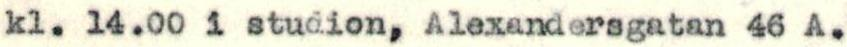
kl. 14.00 i studion, Alexandersgatan 46 A.